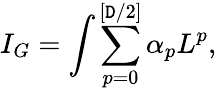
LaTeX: I_{G}=\int\sum_{p=0}^{[\mathtt{D}/2]}\alpha_{p}L^{p},